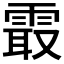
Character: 𱁝